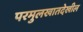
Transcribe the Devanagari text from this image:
परमुलखातदेखील